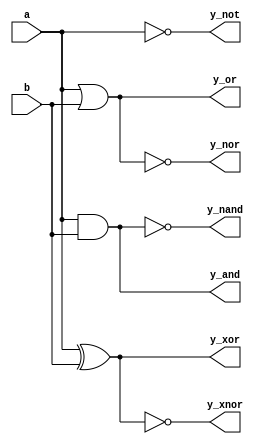
module Gates(
    input a,b,
    output y_and, y_or, y_not, y_nand, y_nor, y_xor, y_xnor
);
    assign y_and = a&b, y_or=a|b, y_nand=!y_and, y_nor=!y_or;
    assign y_not=!a, y_xor=a^b, y_xnor=!y_xor;
endmodule